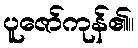
ပူဇော်ကုန်၏။